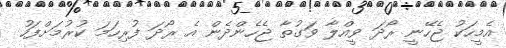
އެމީހަކު ޖެހޭނީ ރޯދަ ވީއްލާ ވަގުތާ ޖެހެންދެން އެ ރޯދަ ފުރިހަމަ ކުރުމަށްފަހު